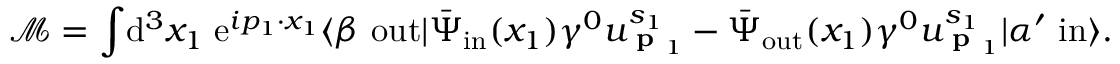
{ \mathcal { M } } = \int \! \mathrm { d } ^ { 3 } x _ { 1 } \; \mathrm { e } ^ { i p _ { 1 } \cdot x _ { 1 } } \langle \beta \ \mathrm { o u t } | { \bar { \Psi } } _ { \mathrm { i n } } ( x _ { 1 } ) \gamma ^ { 0 } u _ { { \textbf { p } } _ { 1 } } ^ { s _ { 1 } } - { \bar { \Psi } } _ { \mathrm { o u t } } ( x _ { 1 } ) \gamma ^ { 0 } u _ { { \textbf { p } } _ { 1 } } ^ { s _ { 1 } } | \alpha ^ { \prime } \ \mathrm { i n } \rangle .